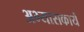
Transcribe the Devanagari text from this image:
अभ्यासकार्ये